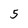
Character: 5